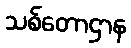
သစ်တောဌာန